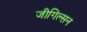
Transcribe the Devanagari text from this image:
जीगिल्सन